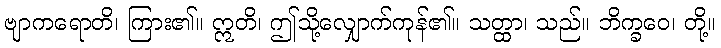
ဗျာကရောတိ၊ ကြား၏။ ဣတိ၊ ဤသို့လျှောက်ကုန်၏။ သတ္ထာ၊ သည်။ ဘိက္ခဝေ၊ တို့။